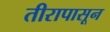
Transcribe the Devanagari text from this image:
तीरापासून